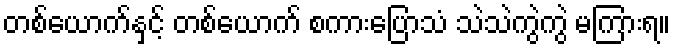
တစ်ယောက်နှင့် တစ်ယောက် စကားပြောသံ သဲသဲကွဲကွဲ မကြားရ။